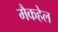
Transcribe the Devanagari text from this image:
मैकहेल